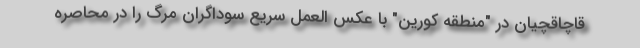
قاچاقچیان در "منطقه کورین" با عکس العمل سریع سوداگران مرگ را در محاصره